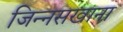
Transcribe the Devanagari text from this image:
जिन्नसखाना